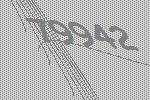
79942